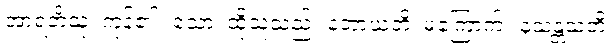
အာရဘိံသု၊ ကုန်၏။ သော၊ ထိုသူသည်။ နဘာယတိ၊ မကြောက်။ နသန္တသတိ၊